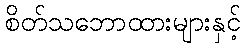
စိတ်သဘောထားများနှင့်